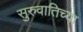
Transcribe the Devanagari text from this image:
सुरुवातिच्या